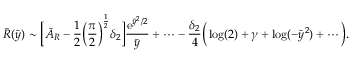
\bar { R } ( \bar { y } ) \sim \bigg [ \bar { A } _ { { R } } - \frac { 1 } { 2 } \Big ( \frac { \pi } { 2 } \Big ) ^ { \frac { 1 } { 2 } } \delta _ { 2 } \bigg ] \frac { \mathrm { e } ^ { \bar { y } ^ { 2 } / 2 } } { \bar { y } } + \cdots - \frac { \delta _ { 2 } } { 4 } \bigg ( \log ( 2 ) + \gamma + \log ( - \bar { y } ^ { 2 } ) + \cdots \bigg ) .